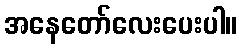
အနေတော်လေးပေးပါ။